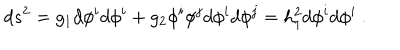
d s ^ { 2 } = g _ { 1 } d \phi ^ { i } d \phi ^ { i } + g _ { 2 } \phi ^ { i } \phi ^ { j } d \phi ^ { i } d \phi ^ { j } = h _ { 1 } ^ { 2 } d \phi ^ { i } d \phi ^ { i } ~ .